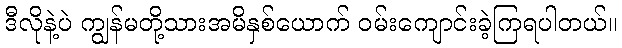
ဒီလိုနဲ့ပဲ ကျွန်မတို့သားအမိနှစ်ယောက် ဝမ်းကျောင်းခဲ့ကြရပါတယ်။